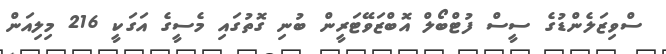
ސްވިޒަލެންޑުގެ ސީސް ފުޓްބޯލް އޮބްޒަވޭޓަރީން ބުނި ގޮތުގައި މެސީގެ އަގަކީ 216 މިލިއަން